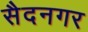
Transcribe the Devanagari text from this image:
सैदनगर